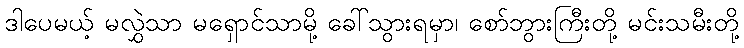
ဒါပေမယ့် မလွှဲသာ မရှောင်သာမို့ ခေါ်သွားရမှာ၊ စော်ဘွားကြီးတို့ မင်းသမီးတို့